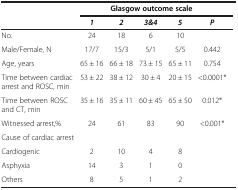
|  | <COLSPAN=5> Glasgow outcome scale |
 |  | 1 | 2 | 3&4 | 5 | P |
 | --- | --- | --- | --- | --- | --- |
 | No. | 24 | 18 | 6 | 10 |  |
 | Male/Female, N | 17/7 | 15/3 | 5/1 | 5/5 | 0.442 |
 | Age, years | 65 ± 16 | 66 ± 18 | 73 ± 15 | 65 ± 11 | 0.754 |
 | Time between cardiac arrest and ROSC, min | 53 ± 22 | 38 ± 12 | 30 ± 4 | 20 ± 15 | <0.0001* |
 | Time between ROSC and CT, min | 35 ± 16 | 35 ± 11 | 60 ± 45 | 65 ± 50 | 0.012* |
 | Witnessed arrest,% | 24 | 61 | 83 | 90 | <0.001* |
 | Cause of cardiac arrest |  |  |  |  | <ROWSPAN=4>  |
 | Cardiogenic | 2 | 10 | 4 | 8 |
 | Asphyxia | 14 | 3 | 1 | 0 |
 | Others | 8 | 5 | 1 | 2 |